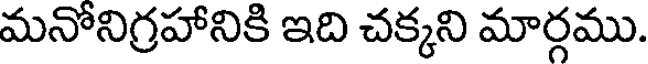
మనోనిగ్రహానికి ఇది చక్కని మార్గము.